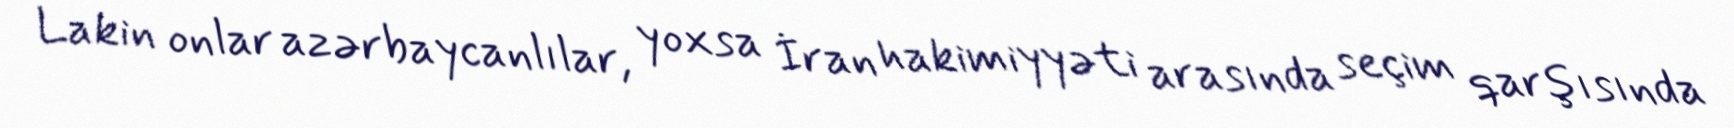
Lakin onlar azərbaycanlılar, yoxsa İran hakimiyyəti arasında seçim qarşısında